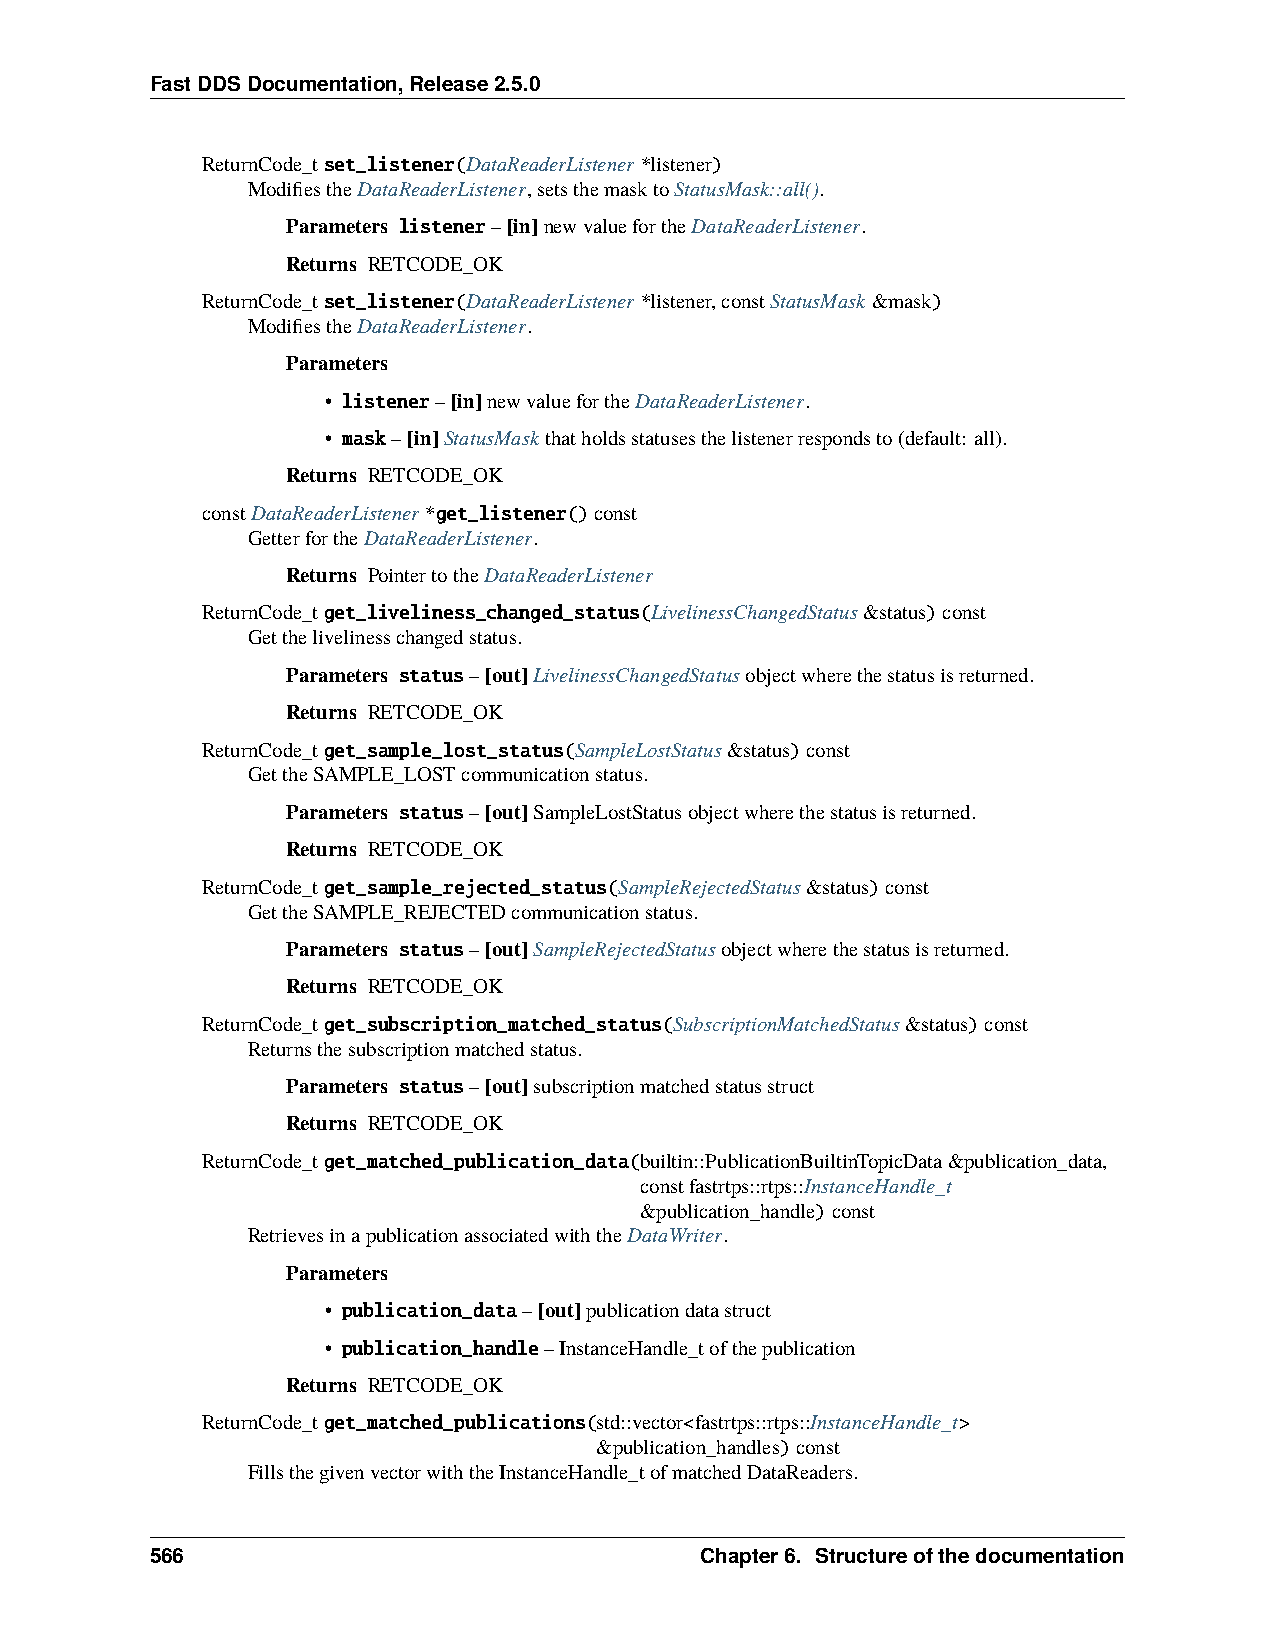
FastDDSDocumentation,Release2.5.0
 ReturnCode_tset_listener(DataReaderListener*listener)
 ModifiestheDataReaderListener,setsthemasktoStatusMask::all().
 Parameters listener–[in]newvaluefortheDataReaderListener.
 Returns RETCODE_OK
 ReturnCode_tset_listener(DataReaderListener*listener,constStatusMask&mask)
 ModifiestheDataReaderListener.
 Parameters
 • listener–[in]newvaluefortheDataReaderListener.
 • mask–[in]StatusMaskthatholdsstatusesthelistenerrespondsto(default: all).
 Returns RETCODE_OK
 constDataReaderListener*get_listener()const
 GetterfortheDataReaderListener.
 Returns PointertotheDataReaderListener
 ReturnCode_tget_liveliness_changed_status(LivelinessChangedStatus&status)const
 Getthelivelinesschangedstatus.
 Parameters status–[out]LivelinessChangedStatusobjectwherethestatusisreturned.
 Returns RETCODE_OK
 ReturnCode_tget_sample_lost_status(SampleLostStatus&status)const
 GettheSAMPLE_LOSTcommunicationstatus.
 Parameters status–[out]SampleLostStatusobjectwherethestatusisreturned.
 Returns RETCODE_OK
 ReturnCode_tget_sample_rejected_status(SampleRejectedStatus&status)const
 GettheSAMPLE_REJECTEDcommunicationstatus.
 Parameters status–[out]SampleRejectedStatusobjectwherethestatusisreturned.
 Returns RETCODE_OK
 ReturnCode_tget_subscription_matched_status(SubscriptionMatchedStatus&status)const
 Returnsthesubscriptionmatchedstatus.
 Parameters status–[out]subscriptionmatchedstatusstruct
 Returns RETCODE_OK
 ReturnCode_tget_matched_publication_data(builtin::PublicationBuiltinTopicData&publication_data,
 constfastrtps::rtps::InstanceHandle_t
 &publication_handle)const
 RetrievesinapublicationassociatedwiththeDataWriter.
 Parameters
 • publication_data–[out]publicationdatastruct
 • publication_handle–InstanceHandle_tofthepublication
 Returns RETCODE_OK
 ReturnCode_tget_matched_publications(std::vector<fastrtps::rtps::InstanceHandle_t>
 &publication_handles)const
 FillsthegivenvectorwiththeInstanceHandle_tofmatchedDataReaders.
 566                                 Chapter6. Structureofthedocumentation